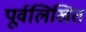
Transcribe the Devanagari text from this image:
पूर्वलिखित